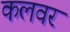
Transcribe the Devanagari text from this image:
कलवर